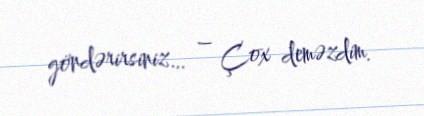
göndərirsiniz… – Çox deməzdim.